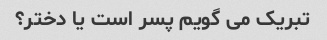
تبریک می گویم پسر است یا دختر؟